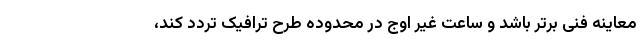
معاینه فنی برتر باشد و ساعت غیر اوج در محدوده طرح ترافیک تردد کند،